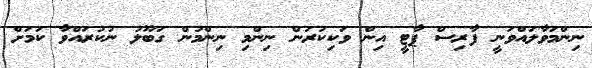
ނިންމަވާލައްވަނީ ފާރިސް ޕާޓީ އިން ވަކިކުރަން ނިންމި ނިންމުން ގަބޫލު ނުކުރައްވާ ކަަމަށް